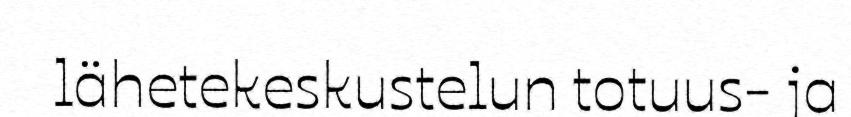
lähetekeskustelun totuus- ja